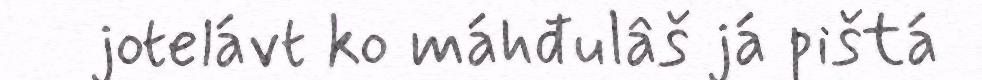
jotelávt ko máhđulâš já pištá